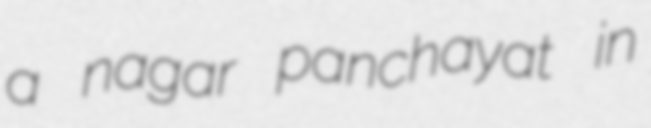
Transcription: a nagar panchayat in